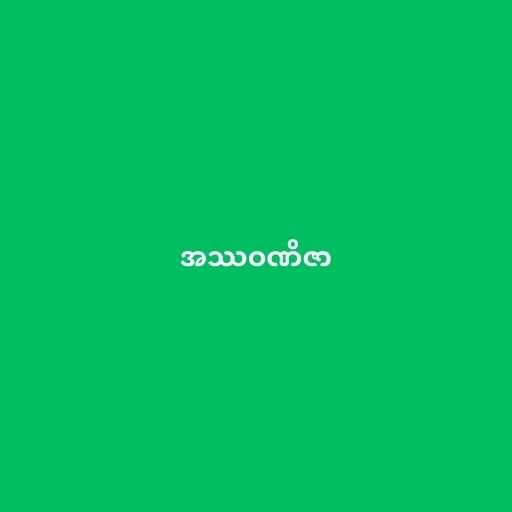
အဿဝဏိဇာ